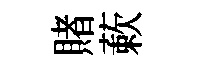
賭蔌